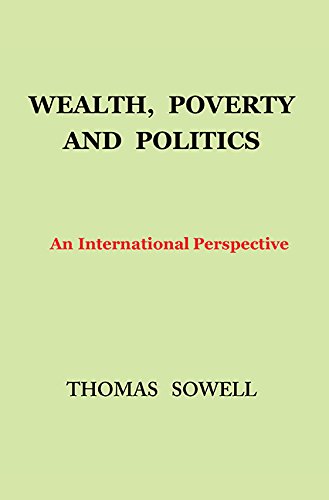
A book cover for Wealth, Poverty and Politics: An International Perspective; Thomas Sowell; Business & Money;